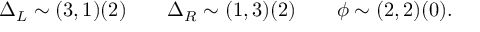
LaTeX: \Delta _ { L } \sim ( 3 , 1 ) ( 2 ) \qquad \Delta _ { R } \sim ( 1 , 3 ) ( 2 ) \qquad \phi \sim ( 2 , 2 ) ( 0 ) .